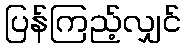
ပြန်ကြည့်လျှင်